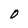
Character: O